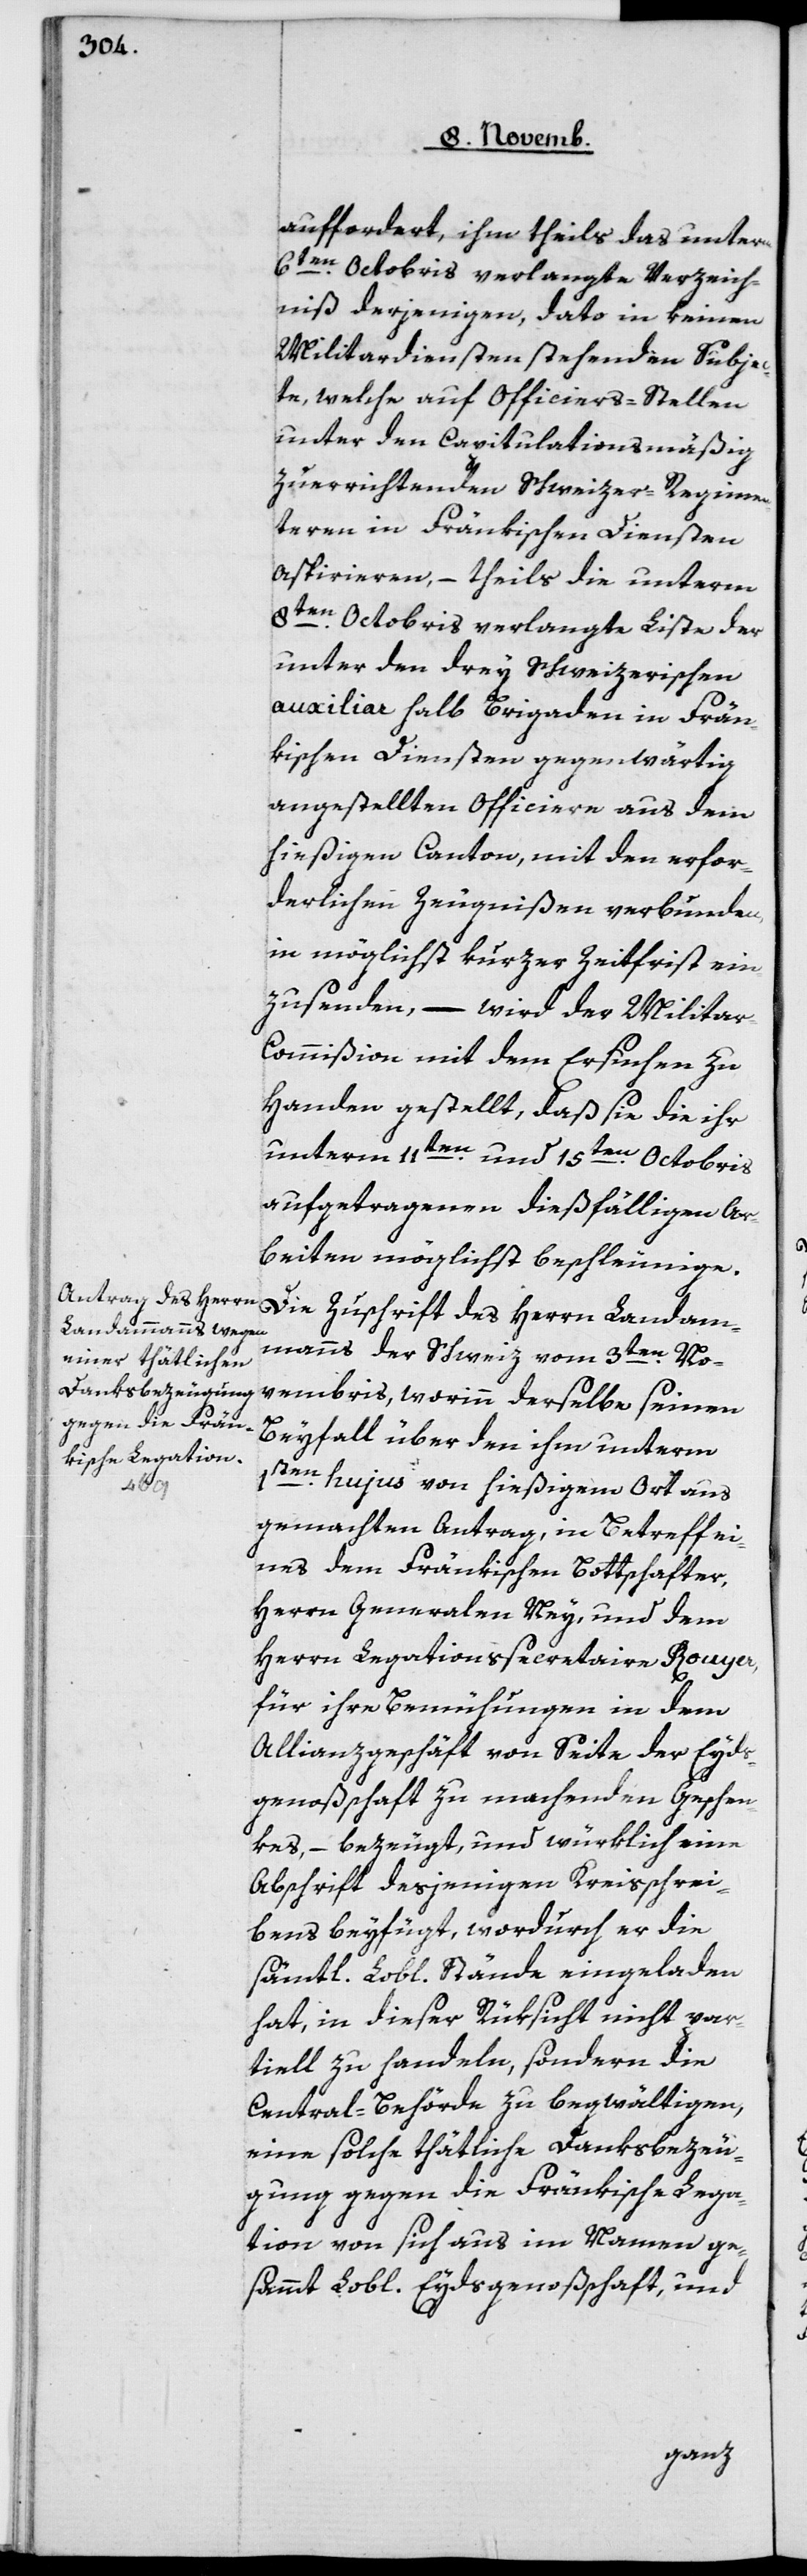
auffordert, ihm theils das unterm
6ten Octobris verlangte Verzeich¬
niß derjenigen, dato in keinen
Militärdiensten stehenden Subjec¬
te, welche auf Officiers-Stellen
unter der capitulationsmäßig
zu errichtenden Schweizer-Regimen¬
teren in Fränkischen Diensten
aspirieren, – theils die unterm
8ten Octobris verlangte Liste der
unter den drey Schweizerischen
auxiliar Halb Brigaden in Frän¬
kischen Diensten gegenwärtig
angestellten Officiere aus dem
hießigen Canton, mit den erfor¬
derlichen Zeugnißen verbunden,
in möglichst kurzer Zeitfrist ein¬
zusenden, – wird der Militä¬
r-Commißion mit dem Ersuchen zu
Handen gestellt, daß sie die ihr
unterm 11ten und 15ten Octobris
aufgetragenen dießfälligen Ar¬
beiten möglichst beschleunige.
Die Zuschrift des Herrn Landam¬
manns der Schweiz vom 3ten No¬
vembris, worin derselbe seinen
Beifall über den ihm unterm
1ten hujus von hießigem Ort aus
gemachten Antrag, in Betreff ei¬
nes dem Fränkischen Bottschafter,
Herrn Generalen Ney, und dem
Herrn Legationssecretaire Rouyer,
für ihre Bemühungen in dem
Allianzgeschäft von Seite der Eyds¬
genoßenschaft zu machenden Geschen¬
kes, – bezeugt, und würklich eine
Apschrift desjenigen Kreisschrei¬
bens beyfügt, wodurch er die
sämtl. Lobl. Stände eingeladen
hat, in dieserRüksicht nicht par¬
tiell zu handeln, sondern die
Central-Behörde zu begwältigen,
eine solche thätliche Danksbezeu¬
gung gegen die Fränkische Lega¬
tion von sich aus im Namen ge¬
sammt Lobl. Eydsgenoßenschaft, und